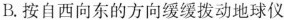
B.按自西向东的方向缓缓拨动地球仪